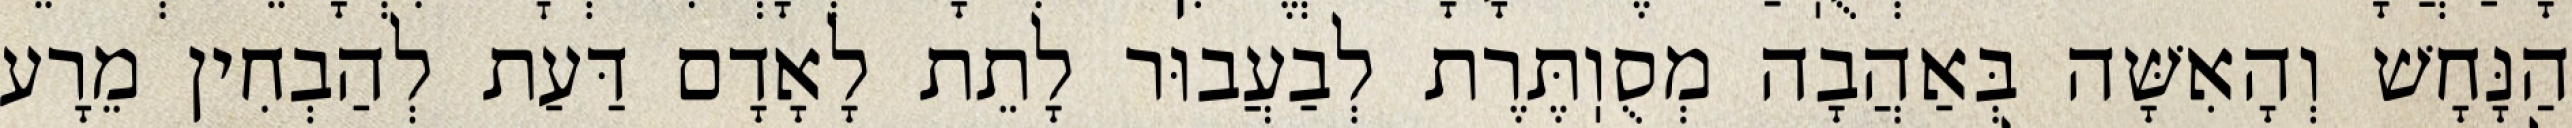
הַנָּחָשׁ וְהָאִשָּׁה בְּאַהֲבָה מְסֻוֽתֶּרֶת לְבַעֲבוּר לָתֵת לָאָדָם דַּעַת לְהַבְחִין מֵרָע